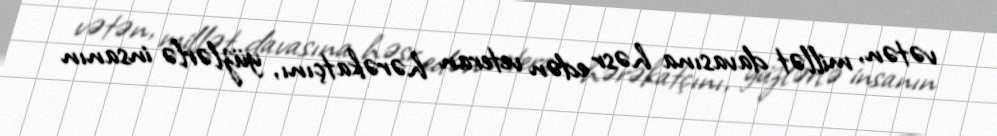
vətən, millət davasına həsr edən veteran hərəkatçını, yüzlərlə insanın